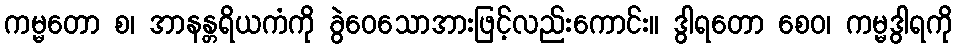
ကမ္မတော စ၊ အာနန္တရိယကံကို ခွဲဝေသောအားဖြင့်လည်းကောင်း။ ဒွါရတော စေဝ၊ ကမ္မဒွါရကို